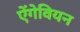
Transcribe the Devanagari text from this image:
ऐंगेवियन